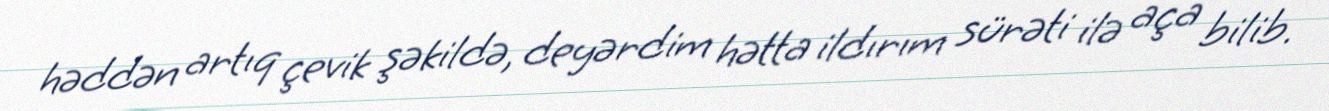
həddən artıq çevik şəkildə, deyərdim hətta ildırım sürəti ilə aça bilib.